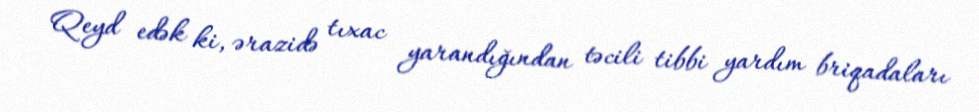
Qeyd edək ki, ərazidə tıxac yarandığından təcili tibbi yardım briqadaları